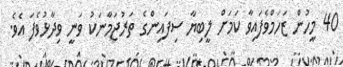
40 މީހުން ޒަހަމްވެފައިވާ ކަމަށް ލީބިޔާ ސިފައިންގެ ތަރުޖަމާނަކު ވަނީ ވިދާޅުވެފަ އެވެ.